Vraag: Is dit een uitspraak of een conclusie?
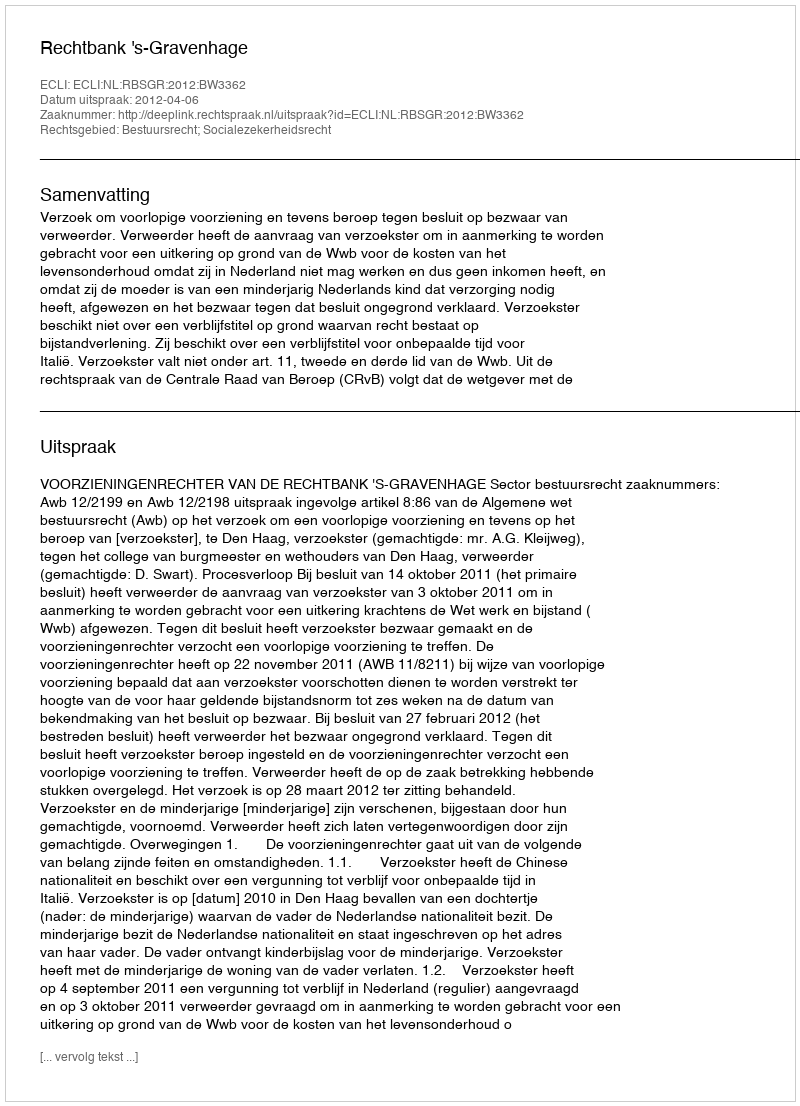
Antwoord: Uitspraak